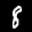
Label: 8